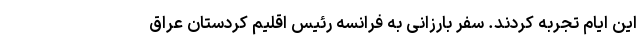
این ایام تجربه کردند. سفر بارزانی به فرانسه رئیس اقلیم کردستان عراق